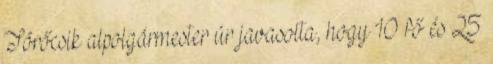
Törőcsik alpolgármester úr javasolta, hogy 10 fő és 25